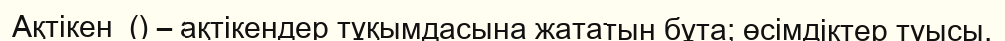
Ақтікен  () – ақтікендер тұқымдасына жататын бұта; өсімдіктер туысы.